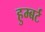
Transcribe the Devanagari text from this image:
हुम्बर्ट